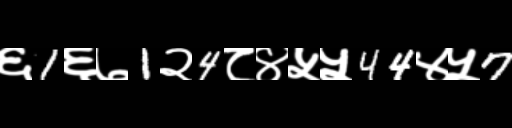
Text: ६1६७1२4८४५५44४५7